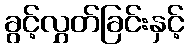
ခွင့်လွှတ်ခြင်းနှင့်